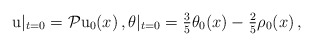
\begin{align*} \mathrm{u}|_{t=0}= \mathcal{P}\mathrm{u}_0(x)\,, \theta|_{t=0}= \tfrac{3}{5}\theta_0(x)-\tfrac{2}{5}\rho_0(x)\,,\end{align*}